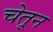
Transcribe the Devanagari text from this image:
चेतून